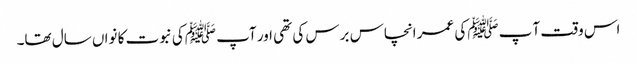
اس وقت آ پ ﷺکی عمر انچاس برس کی تھی اور آپ ﷺکی نبوت کا نواں سال تھا۔